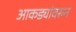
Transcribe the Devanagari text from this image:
आकड्यांवरुन